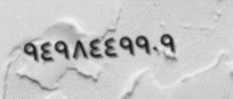
٩٤٩٨٤٤٩٩٠٩